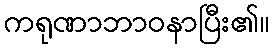
ကရုဏာဘာဝနာပြီး၏။